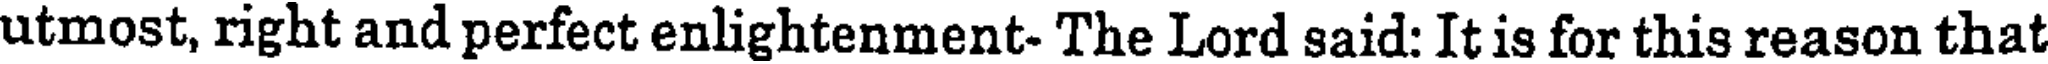
utmost, right and perfect enlightenment- The Lord said: It is for this reason that